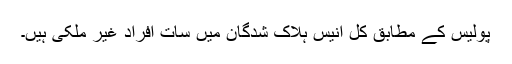
پولیس کے مطابق کل انیس ہلاک شدگان میں سات افراد غیر ملکی ہیں۔